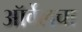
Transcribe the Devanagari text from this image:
ऑर्वेलचा